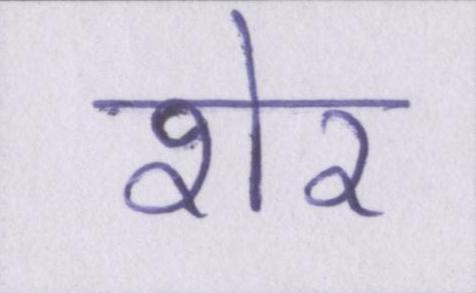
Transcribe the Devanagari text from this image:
शेर